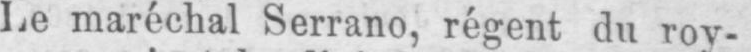
Le maréchal Serrano, régent du roy-